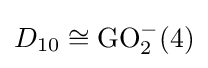
D_{10}\cong \operatorname {GO} _{2}^{-}(4)